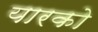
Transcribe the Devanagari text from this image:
यारको